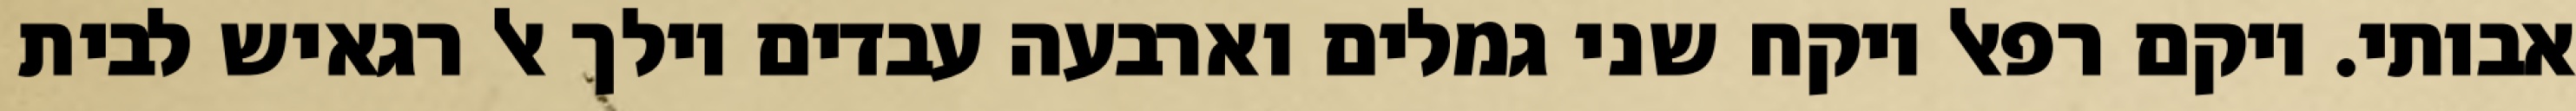
אבותי. ויקם רפאל ויקח שני גמלים וארבעה עבדים וילך אל רגאיש לבית